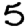
Digit: 5